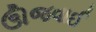
ઊજવાઈ